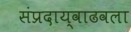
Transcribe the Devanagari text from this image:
संप्रदाय्वाढवला